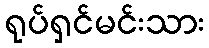
ရုပ်ရှင်မင်းသား